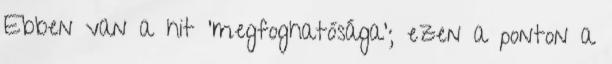
Ebben van a hit 'megfoghatósága'; ezen a ponton a